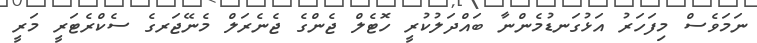
ނަމަވެސް މިފަހަރު އަޅުގަނޑުމެންނާ ބައްދަލުކުރީ ހޮޓެލް ޖެންގެ ޖެނެރަލް މެނޭޖަރގެ ސެކްރެޓަރީ މަރީ